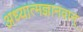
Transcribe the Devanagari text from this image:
अध्यात्मज्ञानवान्